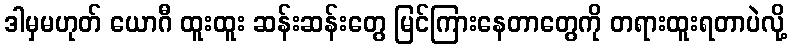
ဒါမှမဟုတ် ယောဂီ ထူးထူး ဆန်းဆန်းတွေ မြင်ကြားနေတာတွေကို တရားထူးရတာပဲလို့